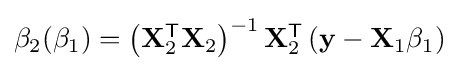
{\textstyle \beta _{2}(\beta _{1})=\left(\mathbf {X} _{2}^{\mathsf {T}}\mathbf {X} _{2}\right)^{-1}\mathbf {X} _{2}^{\mathsf {T}}\left(\mathbf {y} -\mathbf {X} _{1}\beta _{1}\right)}